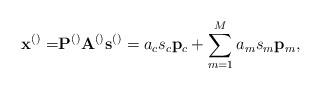
LaTeX: \begin{align*}\mathbf{x}^{\left(\right)}=&\mathbf{P}^{\left(\right)}\mathbf{A}^{\left(\right)}\mathbf{s}^{\left(\right)}=a_c s_c \mathbf{p}_c+\sum_{m=1}^{M}a_m s_m \mathbf{p}_m, \end{align*}